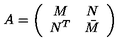
A = \left( \begin{array} { c c } { M } & { N } \\ { N ^ { T } } & { \bar { M } } \\ \end{array} \right)